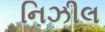
નિઝીલ